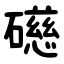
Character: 礠